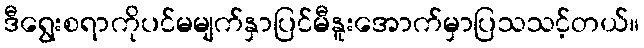
ဒီရွေးစရာကိုပင်မမျက်နှာပြင်မီနူးအောက်မှာပြသသင့်တယ်။